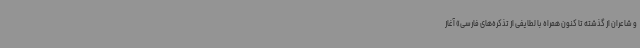
و شاعران از گذشته تا کنون همراه با لطایفی از تذکره‌های فارسی» آغاز